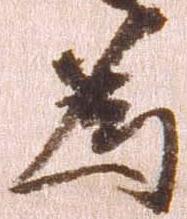
為